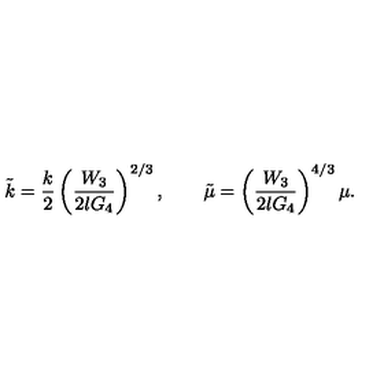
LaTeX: \tilde { k } = \frac { k } { 2 } \left( \frac { W _ { 3 } } { 2 l G _ { 4 } } \right) ^ { 2 / 3 } , \qquad \tilde { \mu } = \left( \frac { W _ { 3 } } { 2 l G _ { 4 } } \right) ^ { 4 / 3 } \mu .